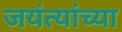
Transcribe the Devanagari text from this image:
जयंत्यांच्या